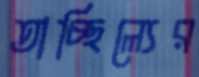
তাচ্ছিল্যের